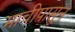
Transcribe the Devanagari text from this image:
माचीपासून